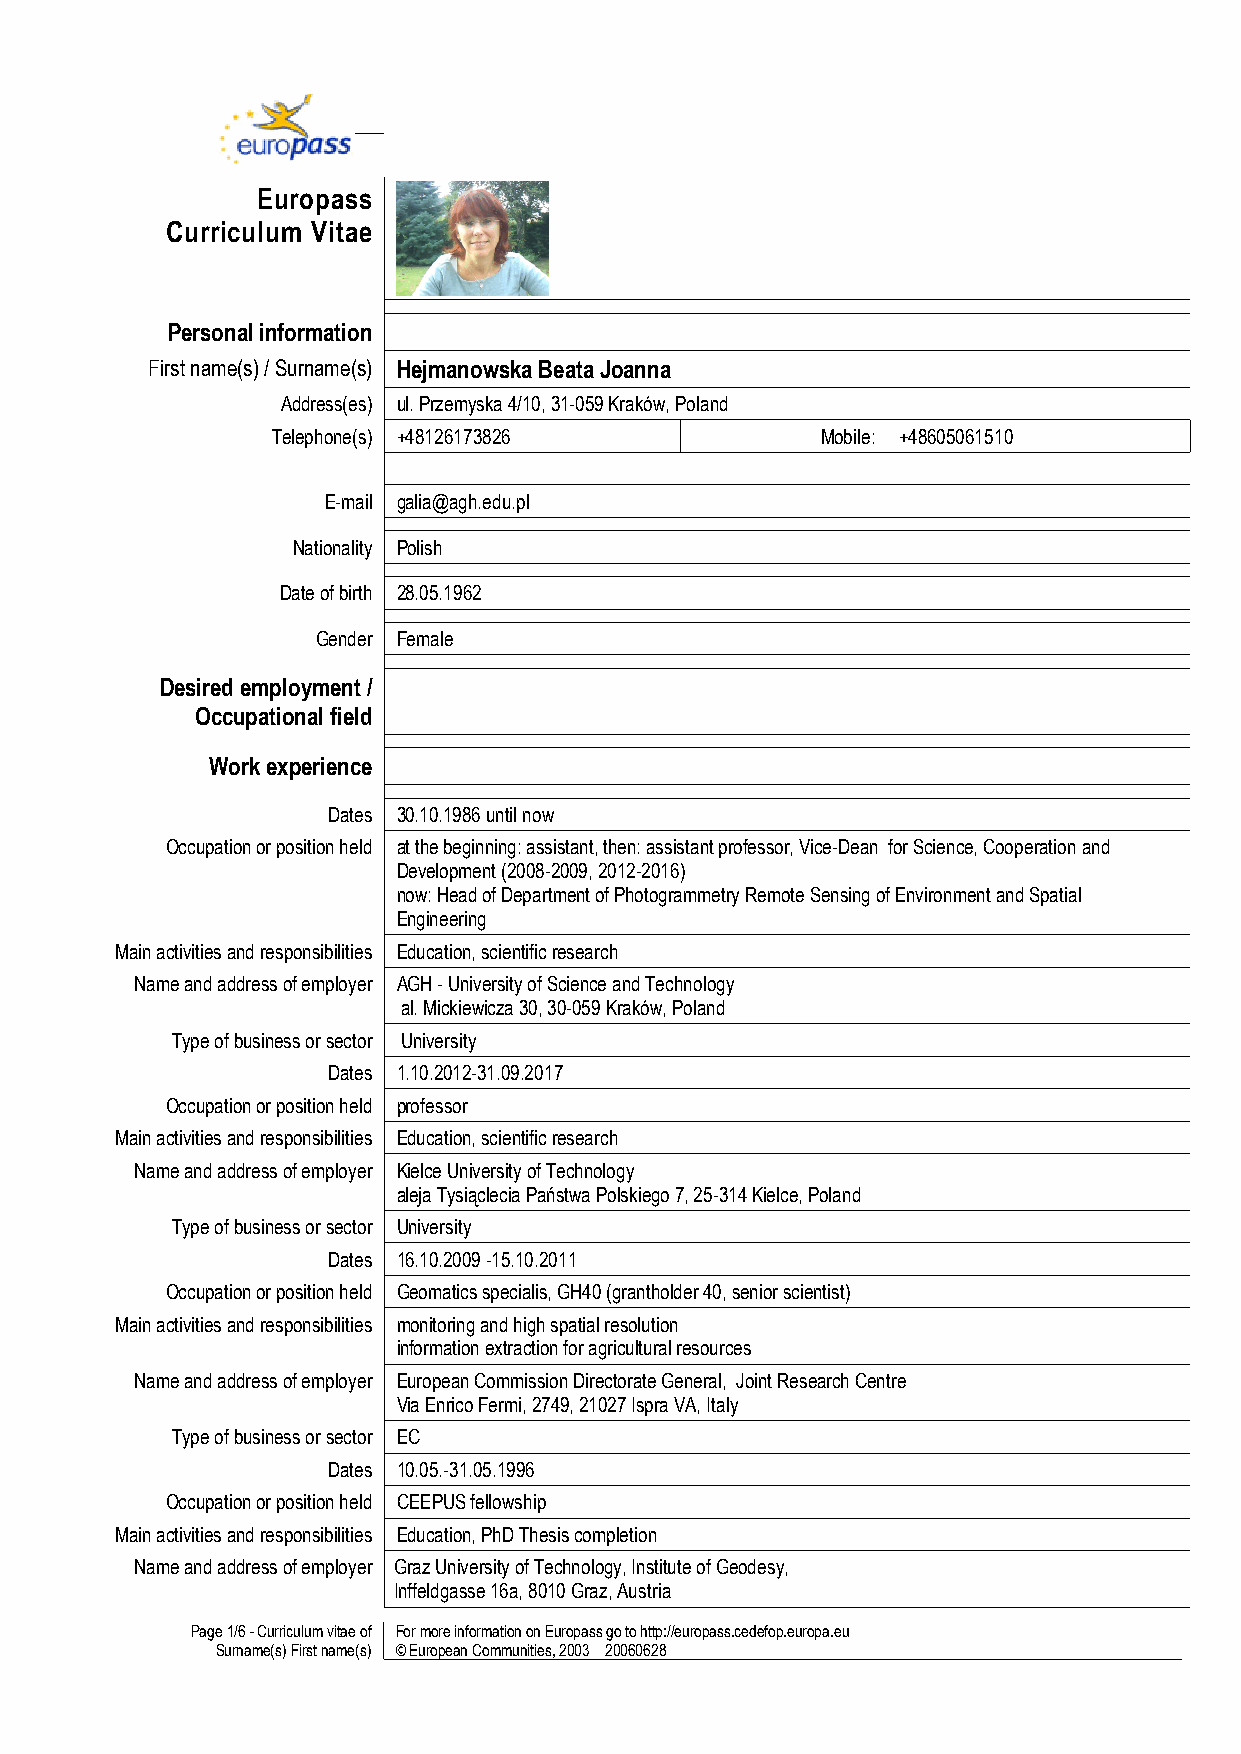
Europass
 Curriculum Vitae
 Personal information
 First name(s) / Surname(s) Hejmanowska Beata Joanna
 Address(es) ul. Przemyska 4/10, 31-059 Kraków, Poland
 Telephone(s) +48126173826           Mobile: +48605061510
 E-mail galia@agh.edu.pl
 Nationality Polish
 Date of birth 28.05.1962
 Gender Female
 Desired employment /
 Occupational field
 Work experience
 Dates 30.10.1986 until now
 Occupation or position held at the beginning: assistant, then: assistant professor, Vice-Dean for Science, Cooperation and
 Development (2008-2009, 2012-2016)
 now: Head of Department of Photogrammetry Remote Sensing of Environment and Spatial
 Engineering
 Main activities and responsibilities Education, scientific research
 Name and address of employer AGH - University of Science and Technology
 al. Mickiewicza 30, 30-059 Kraków, Poland
 Type of business or sector University
 Dates 1.10.2012-31.09.2017
 Occupation or position held professor
 Main activities and responsibilities Education, scientific research
 Name and address of employer Kielce University of Technology
 aleja Tysiąclecia Państwa Polskiego 7, 25-314 Kielce, Poland
 Type of business or sector University
 Dates 16.10.2009 -15.10.2011
 Occupation or position held Geomatics specialis, GH40 (grantholder 40, senior scientist)
 Main activities and responsibilities monitoring and high spatial resolution
 information extraction for agricultural resources
 Name and address of employer European Commission Directorate General, Joint Research Centre
 Via Enrico Fermi, 2749, 21027 Ispra VA, Italy
 Type of business or sector EC
 Dates 10.05.-31.05.1996
 Occupation or position held CEEPUS fellowship
 Main activities and responsibilities Education, PhD Thesis completion
 Name and address of employer Graz University of Technology, Institute of Geodesy,
 Inffeldgasse 16a, 8010 Graz, Austria
 Page 1/6 - Curriculum vitae of For more information on Europass go to http://europass.cedefop.europa.eu
 Surname(s) First name(s) © European Communities, 2003 20060628